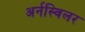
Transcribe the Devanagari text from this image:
अर्नस्विलर